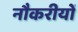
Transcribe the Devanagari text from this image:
नौकरीयों